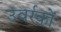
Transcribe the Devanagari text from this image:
उवर्रकों